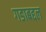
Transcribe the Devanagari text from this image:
गडाबद्दल